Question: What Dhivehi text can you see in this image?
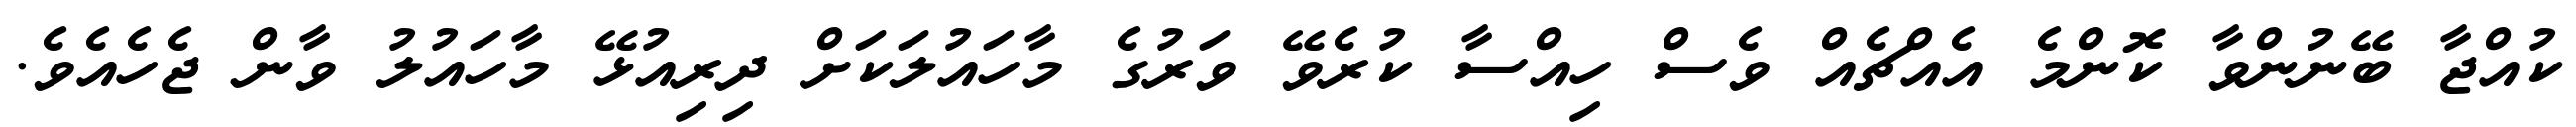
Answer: ކުއްޖާ ބޭނުންވާ ކޮންމެ އެއްޗެއް ވެސް ހިއްސާ ކުރެވޭ ވަރުގެ މާހައުލަކަށް ދިރިއުޅޭ މާހައުލު ވާން ޖެހެއެވެ.